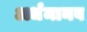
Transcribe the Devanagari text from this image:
अर्धमानव